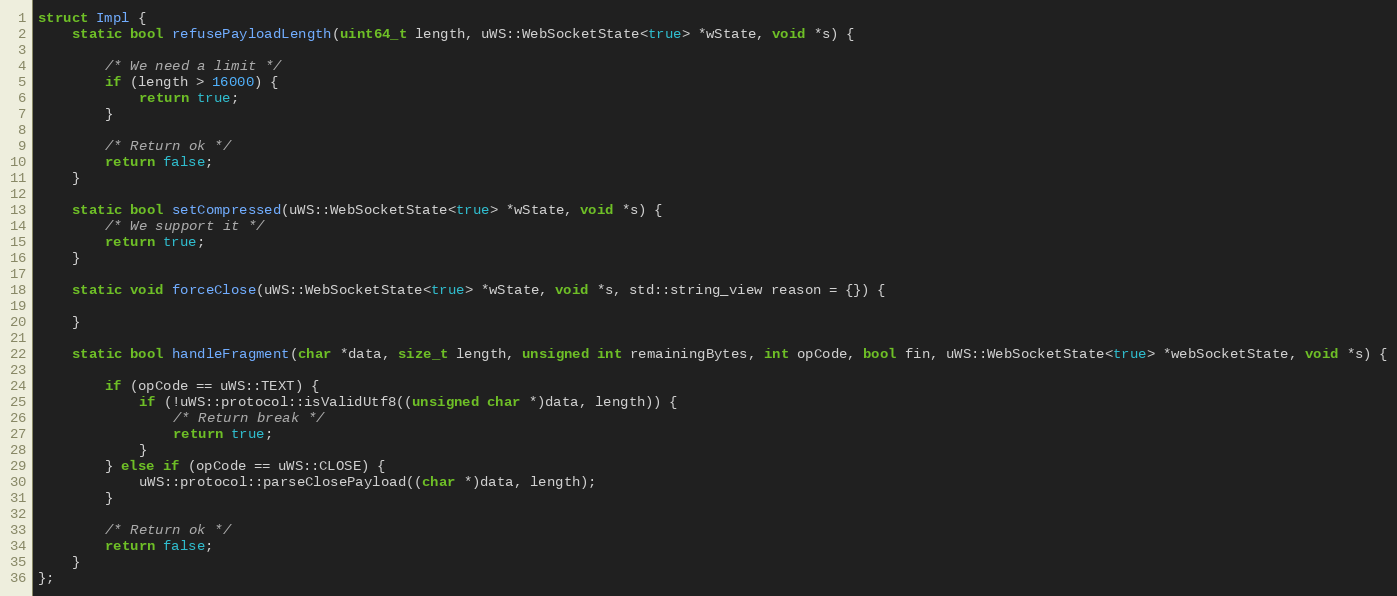
Language: C++
struct Impl {
    static bool refusePayloadLength(uint64_t length, uWS::WebSocketState<true> *wState, void *s) {

        /* We need a limit */
        if (length > 16000) {
            return true;
        }

        /* Return ok */
        return false;
    }

    static bool setCompressed(uWS::WebSocketState<true> *wState, void *s) {
        /* We support it */
        return true;
    }

    static void forceClose(uWS::WebSocketState<true> *wState, void *s, std::string_view reason = {}) {

    }

    static bool handleFragment(char *data, size_t length, unsigned int remainingBytes, int opCode, bool fin, uWS::WebSocketState<true> *webSocketState, void *s) {

        if (opCode == uWS::TEXT) {
            if (!uWS::protocol::isValidUtf8((unsigned char *)data, length)) {
                /* Return break */
                return true;
            }
        } else if (opCode == uWS::CLOSE) {
            uWS::protocol::parseClosePayload((char *)data, length);
        }

        /* Return ok */
        return false;
    }
};